Annual vaccination report of Bihar and Orissa - 1911-1928
Year: 1911
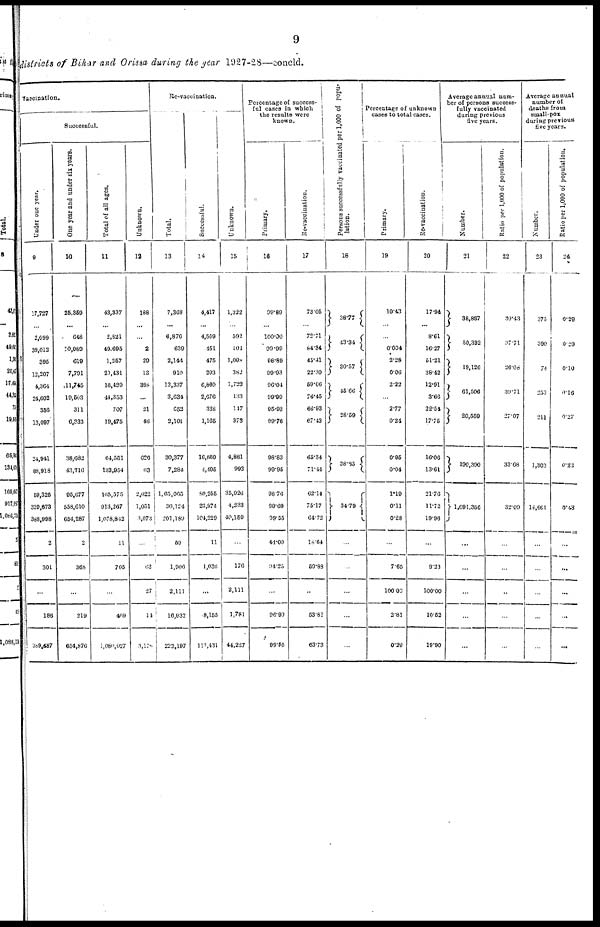
9
districts of Bihar and Orissa during the year 1927-28—concld.
vaccination.
Successful.
Under one year.
9
27,727
...
2,099
39,012
395
12,207
4,364
24,602
356
13,097
24,941
88,918
59,325
329,673
388,998
2
301
...
186
389,487
One year and under six years.
10
25,359
...
648
10,080
619
7,791
11,745
19,503
311
6,333
38,682
43,716
95,677
558,610
654,287
2
368
...
219
654,876
Total of all ages.
11
43,337
...
2,821
49,695
1,257
20,431
16,429
44,353
707
19,475
64,551
133,954
165,575
913,267
1,078,842
11
705
...
469
1,080,027
Unknown.
12
188
...
...
2
29
13
388
...
21
48
626
63
2,022
1,051
3,073
...
62
27
14
3,176
Re-vaccination.
Total.
13
7,368
...
6,876
639
2,144
910
13,337
3,634
652
2,101
30,377
7,284
1,65,065
36,124
201,180
59
1,906
2,111
16,932
222,197
Successful.
14
4,417
...
4,569
451
475
203
6,860
2,676
338
1,165
16,659
4,495
80,256
23,974
104,229
11
1,036
...
8,155
113,431
Unknown.
15
1,322
...
592
104
1,098
382
1,723
133
147
373
4,881
992
35,926
4,233
40,159
...
176
2,111
1,781
44,227
Percentage of success-
ful cases in which
the results were
known.
Primary.
16
99.89
...
100.00
99.99
98.89
99.93
96.04
99.99
95.93
99.76
98.83
99.95
98.76
90.69
99.55
44.00
94.25
...
96.90
99.55
Re-vaccination.
17
73.05
...
72.71
84.34
45.41
22.30
59.66
76.45
66.93
67.42
65.34
71.44
62.14
75.17
64.72
18.64
59.88
...
53.82
63.73
Persons successfully vaccinated per 1,000 of popu-
lation.
18
38.77
43.34
30.57
45.66
28.59
38.85
34.79
...
...
...
...
...
Percentage of unknown
cases to total cases.
Primary.
19
10.43
...
...
0.004
2.28
0.06
2.22
...
2.77
0.24
0.95
0.04
1.19
0.11
0.28
...
7.65
100.00
2.81
0.29
Re-vaccination.
20
17.94
...
8.61
16.27
51.21
38.42
12.91
3.66
22.54
17.75
16.06
13.61
21.76
11.72
19.96
...
9.23
100.00
10.52
19.90
Average annual num-
ber of persons success-
fully vaccinated
during previous
five years.
Number.
21
38,887
50,332
19,126
61,506
20,559
190,390
1,091,356
...
...
...
...
...
Ratio per 1,000 of population.
22
30.43
37.71
26.08
39.71
27.07
33.68
32.09
...
...
...
...
...
Average annual
number of
deaths from
small-pox
during previous
five years.
Number.
23
375
390
74
253
211
1,303
14,661
...
...
...
...
...
Ratio per 1,000 of population.
24
0.29
0.29
0.10
0.16
0.27
0.23
0.43
...
...
...
...
...